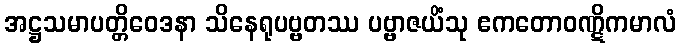
အဋ္ဌသမာပတ္တိဝေဒနာ သိနေရုပဗ္ဗတဿ ပဗ္ဗာဇယိံသု ဧကတောဝဏ္ဋိကမာလံ